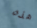
هذه